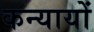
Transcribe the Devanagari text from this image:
कन्यायों